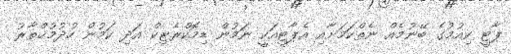
ޕާޓީ ކިއުމުގެ ބޭނުމެއް ނެތްކަމަށާއި އެޕާޓީއަކީ ނަމުން ޑިމޮކްރެޓިކް އަދި ކަމުން ހުދުމުޚްތާރު